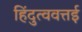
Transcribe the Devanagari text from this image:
हिंदुत्ववत्तई